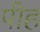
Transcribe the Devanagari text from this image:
पीह